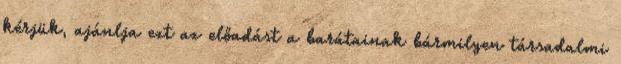
kérjük, ajánlja ezt az előadást a barátainak bármilyen társadalmi